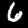
Label: 6